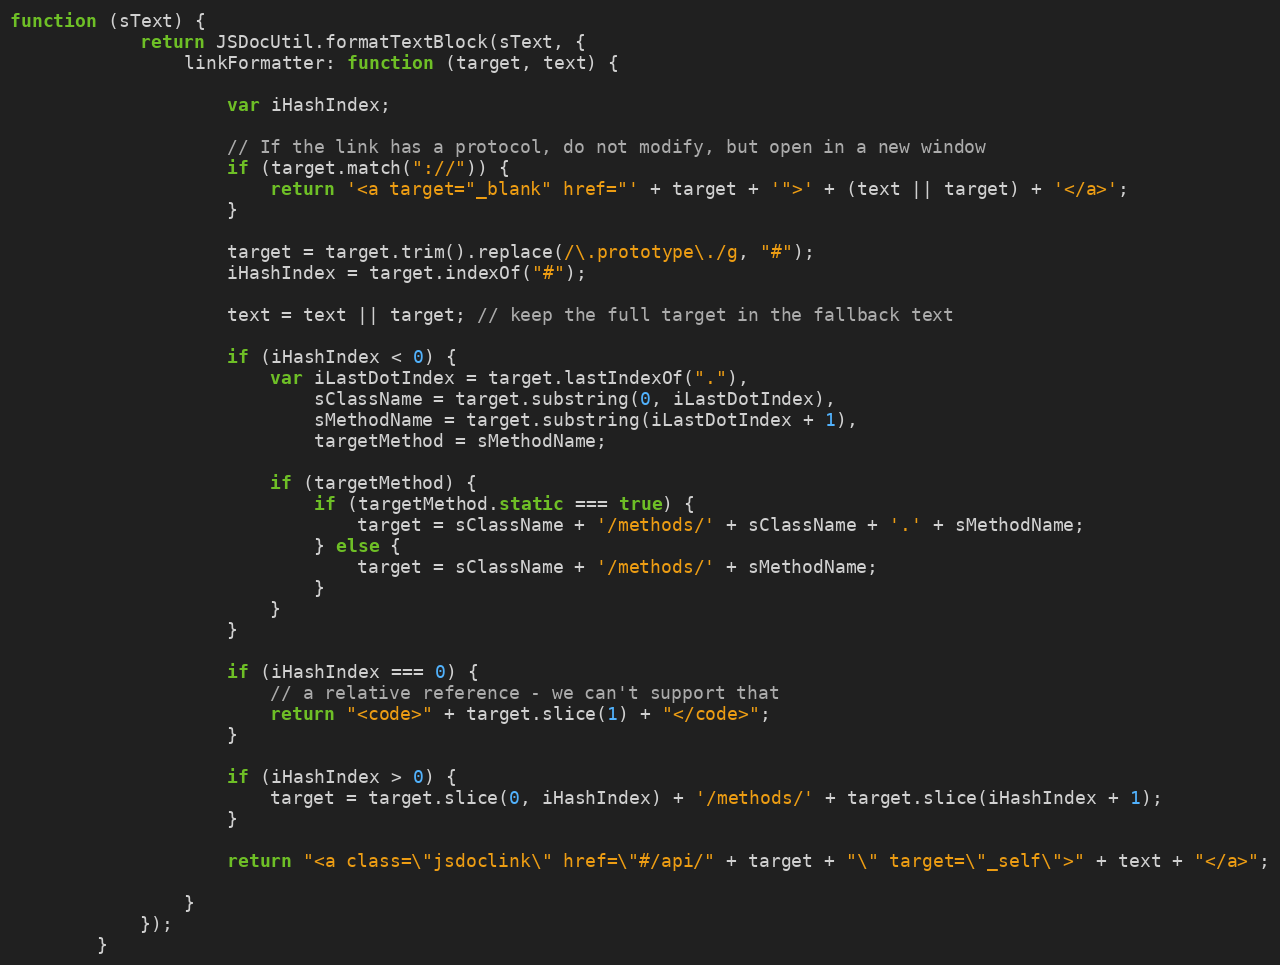
Language: JavaScript
function (sText) {
			return JSDocUtil.formatTextBlock(sText, {
				linkFormatter: function (target, text) {

					var iHashIndex;

					// If the link has a protocol, do not modify, but open in a new window
					if (target.match("://")) {
						return '<a target="_blank" href="' + target + '">' + (text || target) + '</a>';
					}

					target = target.trim().replace(/\.prototype\./g, "#");
					iHashIndex = target.indexOf("#");

					text = text || target; // keep the full target in the fallback text

					if (iHashIndex < 0) {
						var iLastDotIndex = target.lastIndexOf("."),
							sClassName = target.substring(0, iLastDotIndex),
							sMethodName = target.substring(iLastDotIndex + 1),
							targetMethod = sMethodName;

						if (targetMethod) {
							if (targetMethod.static === true) {
								target = sClassName + '/methods/' + sClassName + '.' + sMethodName;
							} else {
								target = sClassName + '/methods/' + sMethodName;
							}
						}
					}

					if (iHashIndex === 0) {
						// a relative reference - we can't support that
						return "<code>" + target.slice(1) + "</code>";
					}

					if (iHashIndex > 0) {
						target = target.slice(0, iHashIndex) + '/methods/' + target.slice(iHashIndex + 1);
					}

					return "<a class=\"jsdoclink\" href=\"#/api/" + target + "\" target=\"_self\">" + text + "</a>";

				}
			});
		}